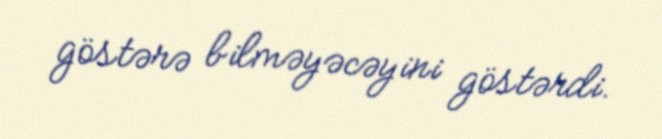
göstərə bilməyəcəyini göstərdi.